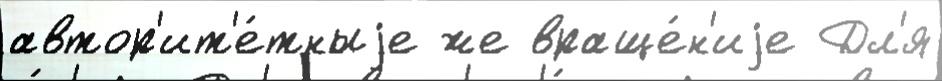
автор'ит'е́тныjе же враще́н'иjе Дл'я